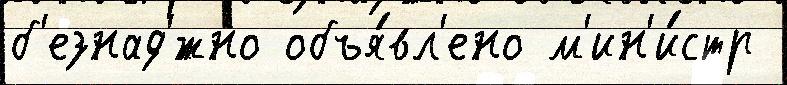
б'езнад'́жно объя́вл'ено м'ин'и́стр